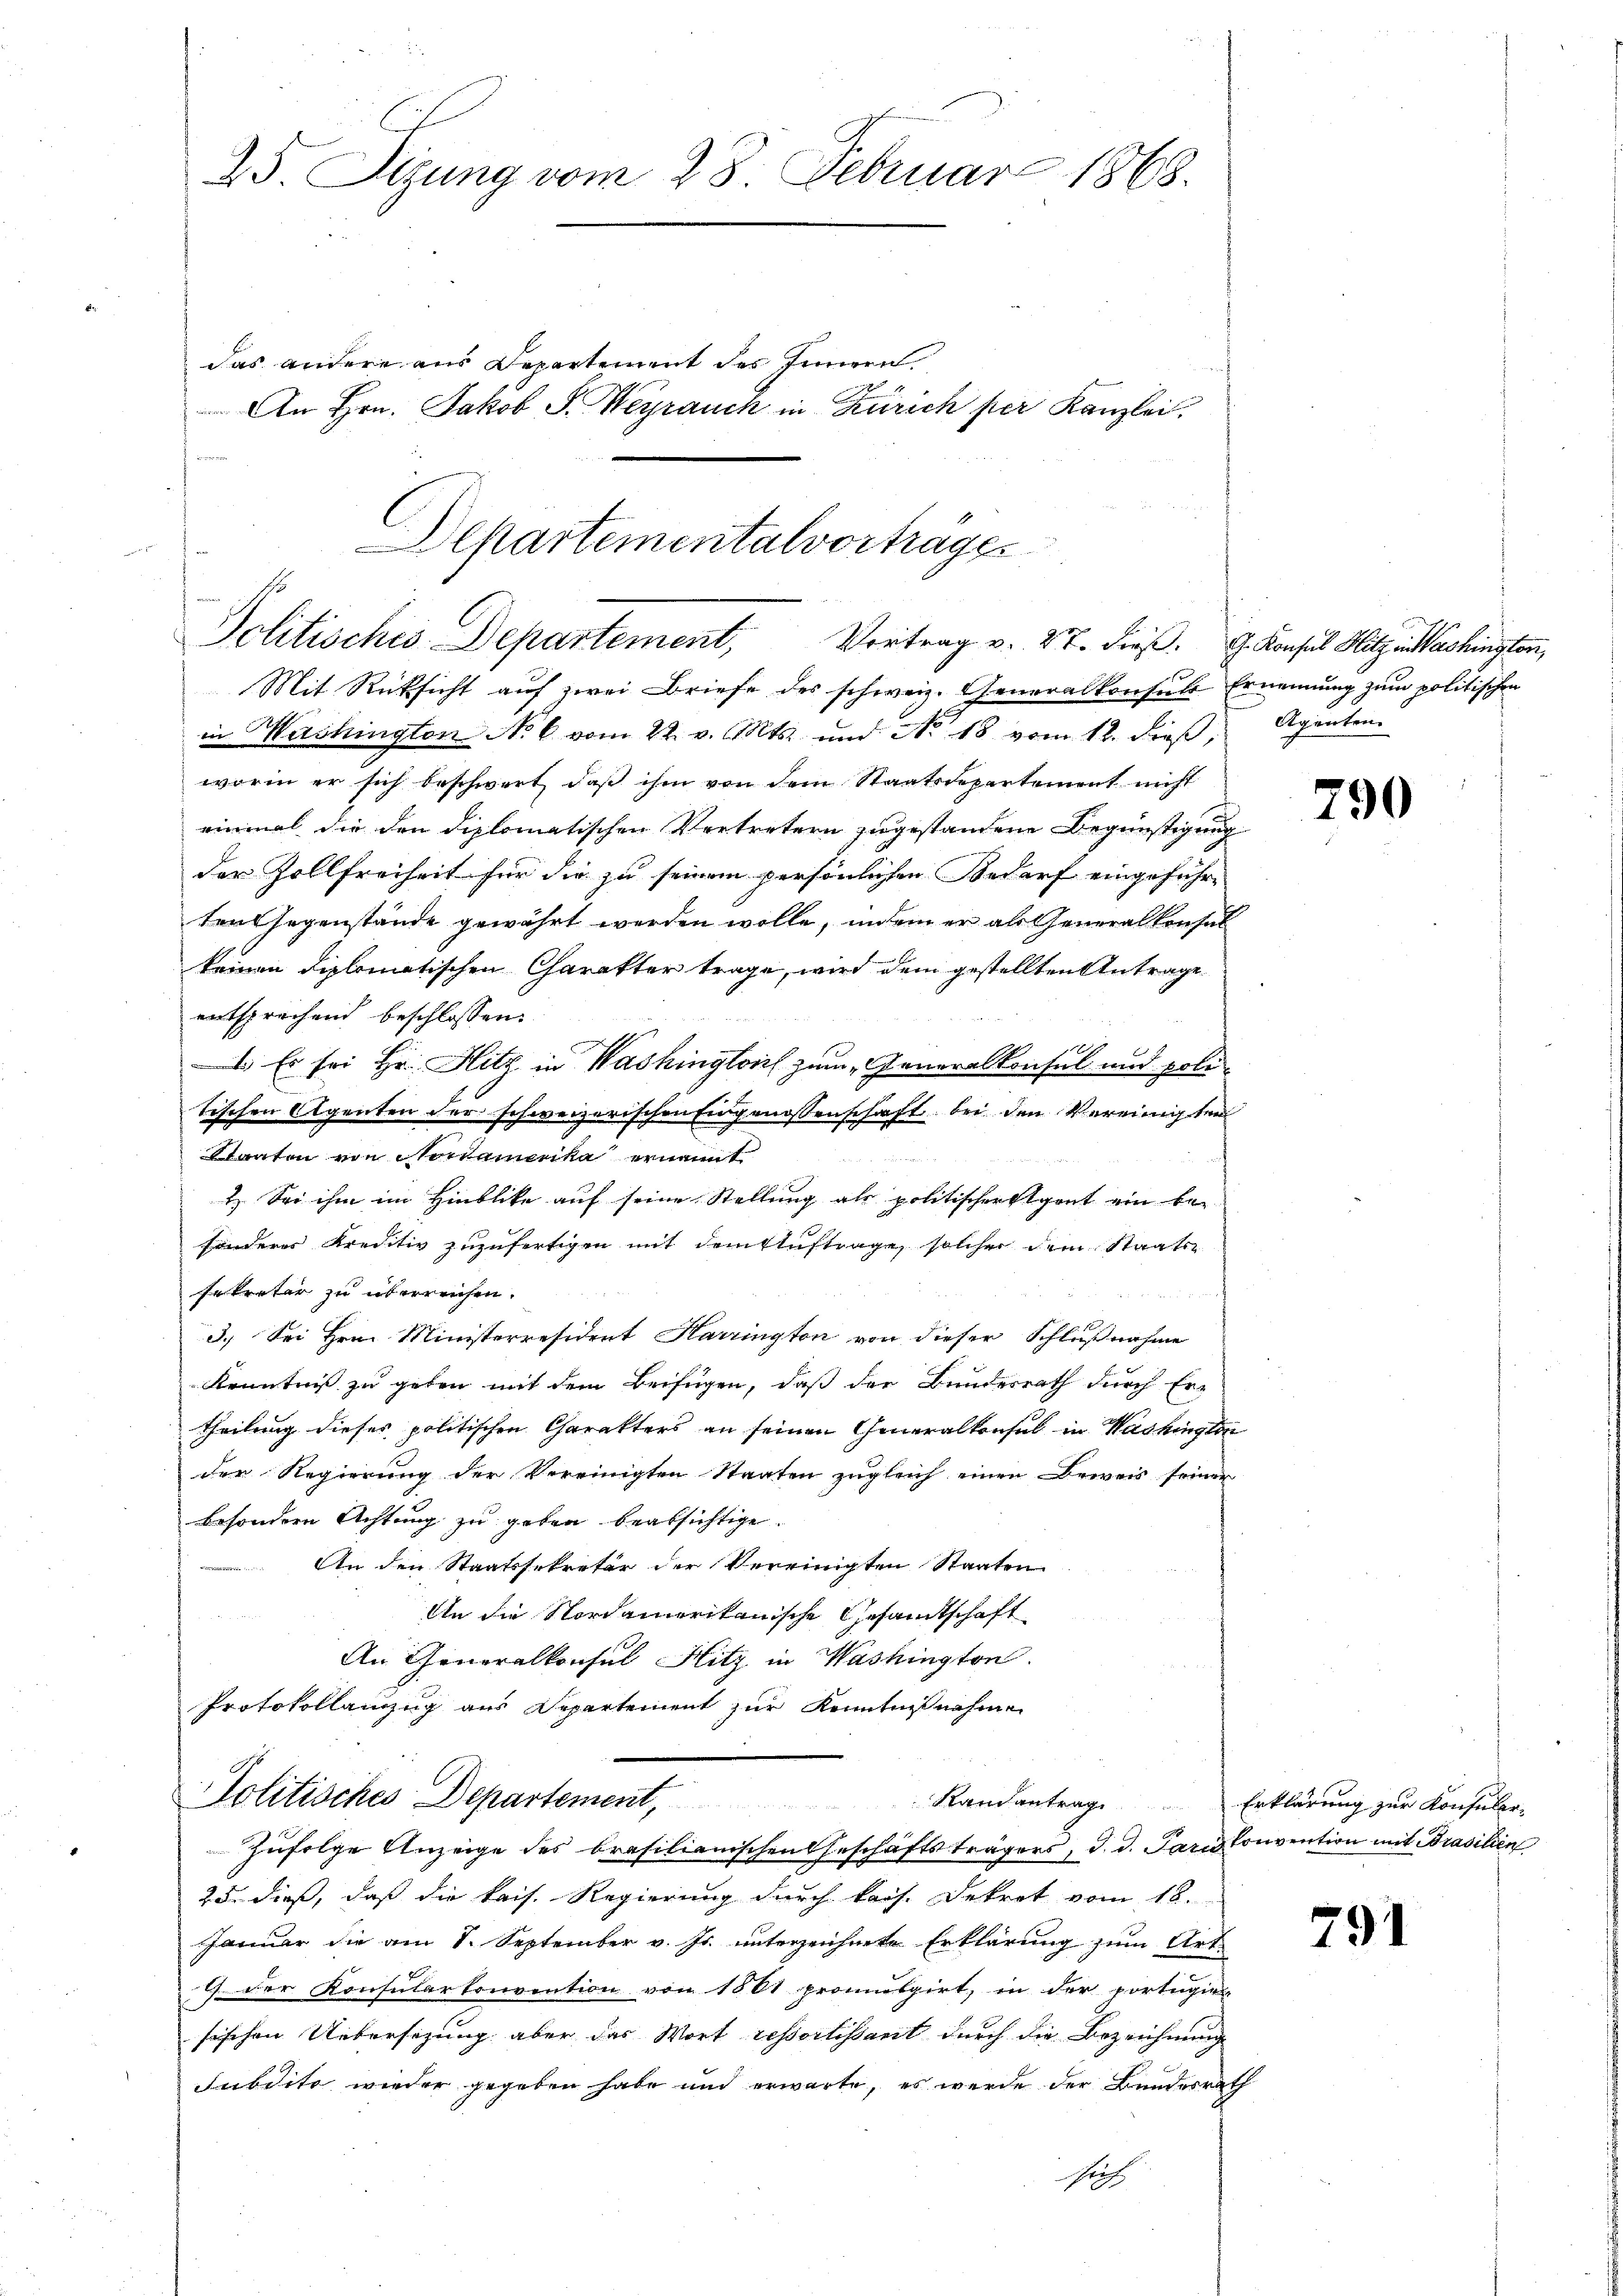
25. Sizung vom 28. Februar 1868.

Departementalvortrages
Politisches Departement,
Vortrag v. 27. dieß. G. Konsul Hitz in Washington,

das andere aus Departement des Innern.
An Hrn. Jakob F. Heyrauch in Zürich per Kanzlei,

Mit Rücksicht auf zwei Briefe des schweiz. Generalkonsuls Ernennung zum politischen
in Washington No 6 vom 22. v. Mts. und No. 18 vom 12. dieβ,
worin er sich beschwert, daß ihm von dem Staatsdepartement nicht
einmal die den diplomatischen Vertretern zugestandene Begünstigung
der Zollfreiheit für die zu seinem persönlichen Bedarf eingeführ-
ten Gegenstände gewährt werden wolle, indem er als Generalkonsul
keinen Diplomatischen Charakter trage, wird dem gestellten Antrage
entsprechend beschlossen:
d
 Es sei Hr. Hitz in Washinglich zum Generalkonsul und poli-
tischen Agenten der schweizerischen Eingenossenschaft bei den Vereinigten
Slanten von Nordamerika ernannt
1. Sei ihm im Hinblicke auf seine Stellung als politischer Eigent ein bei
sonderes Kreditiv zuzufertigen mit dem Auftrage solcher dem Staatssekreter zu überreichen.
3.) Sei Hrn. Ministerresident Harrington von dieser Schlußnahme
Kenntniß zu geben mit dem Beifügen, daß der Bundesrath durch Er-
Theilung dieses politischen Charakters an seinen Generalkonsul in Washington
der Regierung der Vereinigten Staaten zugleich einen Beweis seiner
besondern Achtung zu geben beabsichtige.
An den Staatssekretär der Vereinigten Staaten
An die Nordamerikanische Gesandtschaft
An Generalkonsul Hitz in Washington
Protokollanzzug aus Departement zur Kenntnisnahmen
Politisches Departement,
Randantrag. Erklärung zur Konsuler-
zufolge Anzeige des brasilianischen Geschäftsträgers, d. d. Paris Convention mit Brasilien
25. dieß, daß die kais. Regierung durch kais. Dekret vom 18.
Januar die am 1. September v. Js. unterzeichnete Erklärung zum Art.
1 der Konsularkonvention von 1501 promulgirt, in der portigier
sischen Uebersetzung aber das Wort ressortissant durch die Bezeichnung
Subdito wieder gegeben habe und erwarte, es werde der Bundesrath

Agenten

790

791